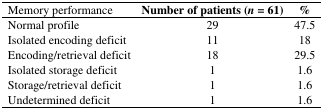
| Memory performance | Number of patients (n = 61) | % |
 | --- | --- | --- |
 | Normal profile | 29 | 47.5 |
 | Isolated encoding deficit | 11 | 18 |
 | Encoding/retrieval deficit | 18 | 29.5 |
 | Isolated storage deficit | 1 | 1.6 |
 | Storage/retrieval deficit | 1 | 1.6 |
 | Undetermined deficit | 1 | 1.6 |